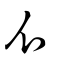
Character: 爪